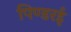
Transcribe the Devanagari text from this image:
पिण्डरई